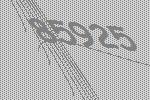
85925